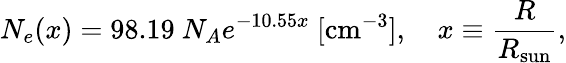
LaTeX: N_{e}(x)=98.19~N_{A}e^{-10.55x}~[{\mathrm{cm^{-3}}}],\quad x\equiv\frac{R}{R_{\mathrm{sun}}},